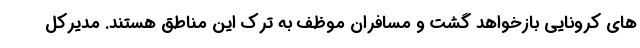
های کرونایی بازخواهد گشت و مسافران موظف به ترک این مناطق هستند. مدیرکل